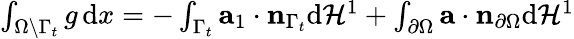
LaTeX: \begin{array}{r}{\int_{\Omega\setminus\Gamma_{t}}g\, \mathrm{d}x=-\int_{\Gamma_{t}}\mathbf{a}_{1}\cdot\mathbf{n}_{\Gamma_{t}}\mathrm{d}\mathcal{\mathcal{H}}^{1}+\int_{\partial\Omega}\mathbf{a}\cdot\mathbf{n}_{\partial\Omega}\mathrm{d}\mathcal{H}^{1}}\end{array}